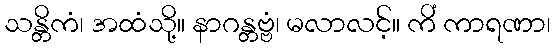
သန္တိကံ၊ အထံသို့။ နာဂန္တဗ္ဗံ၊ မလာလင့်။ ကိံ ကာရဏာ၊